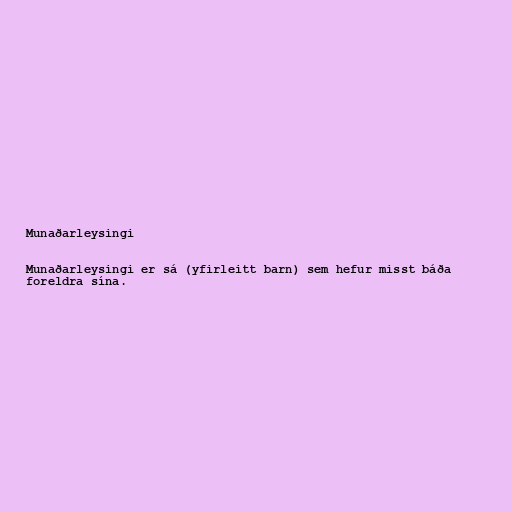
Munaðarleysingi

Munaðarleysingi er sá (yfirleitt barn) sem hefur misst báða
foreldra sína.